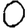
Digit: 0